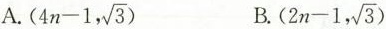
A.$$(4n-1, \sqrt{3})$$ B.$$(2n-1, \sqrt{3})$$